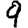
Digit: 9